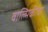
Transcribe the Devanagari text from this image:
वाल्मिकींचा